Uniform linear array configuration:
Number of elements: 48
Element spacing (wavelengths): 0.25
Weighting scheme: binomial
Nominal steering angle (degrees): -30
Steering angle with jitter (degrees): -30.876
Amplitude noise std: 0.05
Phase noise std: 0.05

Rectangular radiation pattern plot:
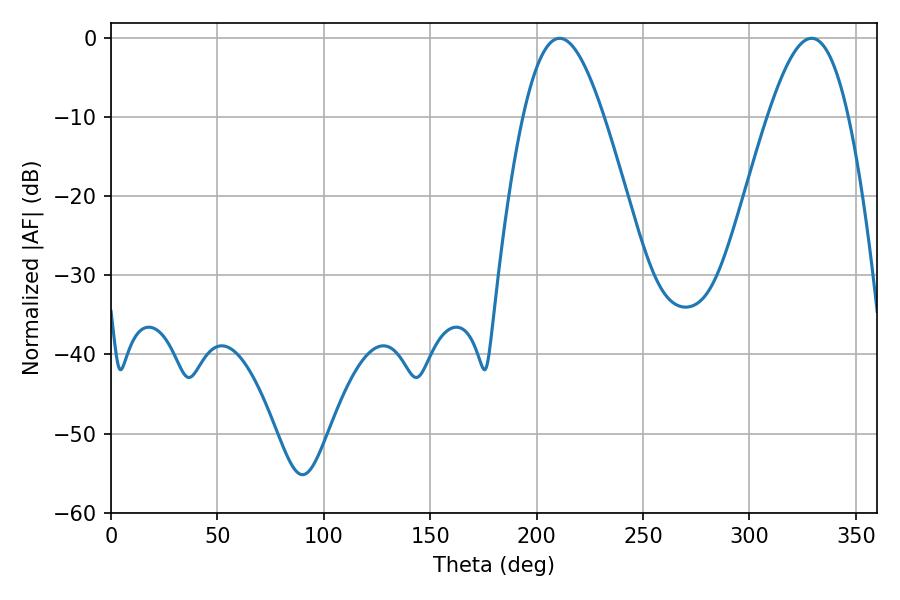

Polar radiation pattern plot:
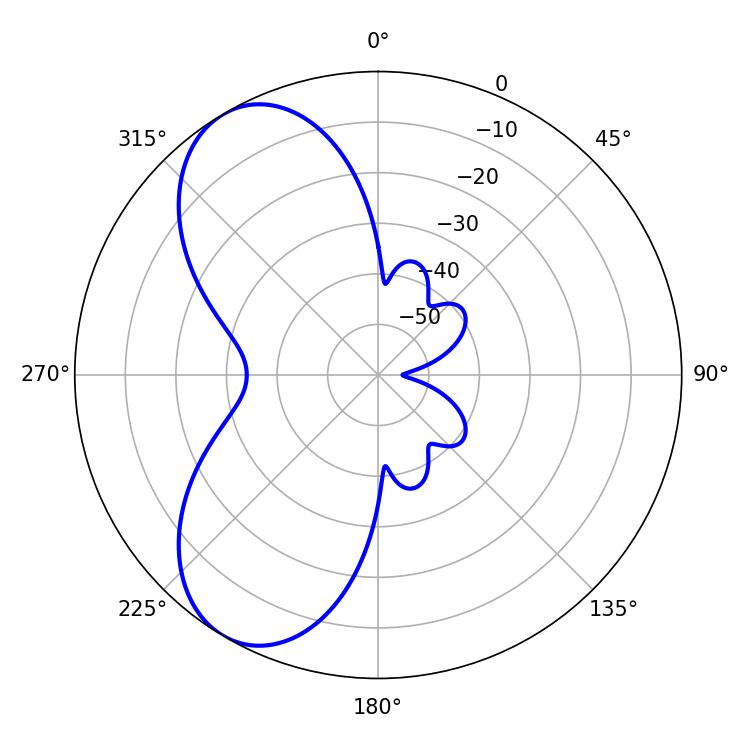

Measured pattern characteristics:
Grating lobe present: FALSE
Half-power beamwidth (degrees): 20.52
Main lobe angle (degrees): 210.78